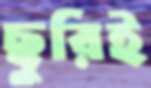
ছুরিই